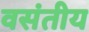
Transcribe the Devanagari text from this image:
वसंतीय